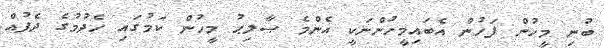
ބުނި މީހުން ފަހުން އެބައިމީހުންނަކީ އެންމެ ޞާލިޙު މީހުން ކަމުގައި ހެދުމުގެ ދެފުއް